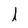
Character: I